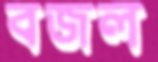
বজল